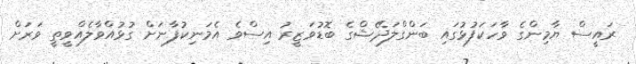
ރައީސް ޔާމިންގެ ވާހަކަފުޅުގައި ބަންގްލަދޭޝްގެ ބޮޑުވަޒީރު އިސްވެ އެމަނިކުފާނަށް ގުޅުއްވާލެއްވީތީ ވަރަށް